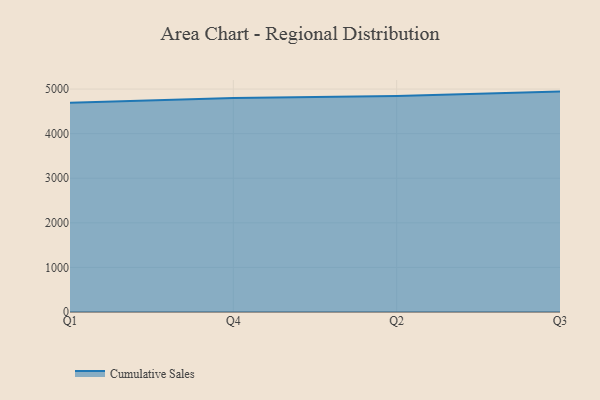
{"axis": {"x": "Quarter", "y": "Customer Acquisition Cost (USD)"}, "legend": ["Cumulative Sales"], "data": [{"x": "Q1", "y": 4694.6, "type": "Cumulative Sales"}, {"x": "Q4", "y": 4799.3, "type": "Cumulative Sales"}, {"x": "Q2", "y": 4845.7, "type": "Cumulative Sales"}, {"x": "Q3", "y": 4943.2, "type": "Cumulative Sales"}]}